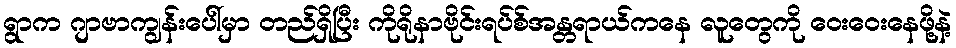
ရွာက ဂျာဗာကျွန်းပေါ်မှာ တည်ရှိပြီး ကိုရိုနာဗိုင်းရပ်စ်အန္တရာယ်ကနေ လူတွေကို ဝေးဝေးနေဖို့နဲ့